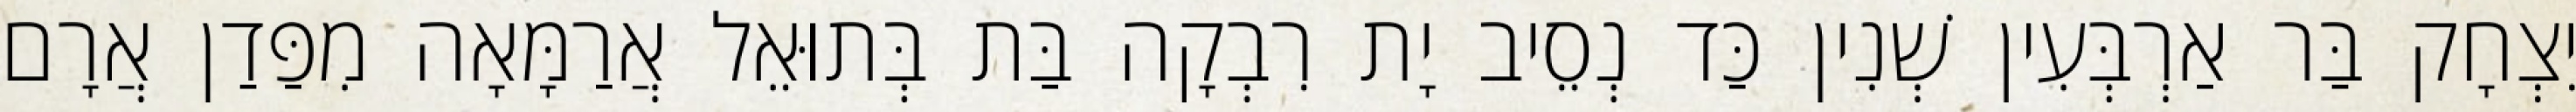
יִצְחָק בַּר אַרְבְּעִין שְׁנִין כַּד נְסֵיב יָת רִבְקָה בַּת בְּתוּאֵל אֲרַמָּאָה מִפַּדַן אֲרָם